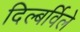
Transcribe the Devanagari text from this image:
दिल्बर्विले